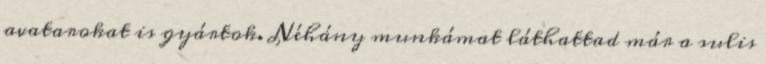
avatarokat is gyártok. Néhány munkámat láthattad már a sulis